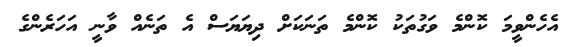
އެހެންވީމަ ކޮންމެ ވަގުތަކު ކޮންމެ ތަނަކަށް ދިޔަޔަސް އެ ތަނެއް ވާނީ އަހަރެންގެ